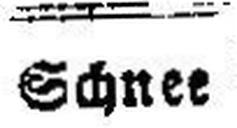
Schnee